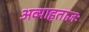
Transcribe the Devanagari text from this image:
अव्याहताज्ञः